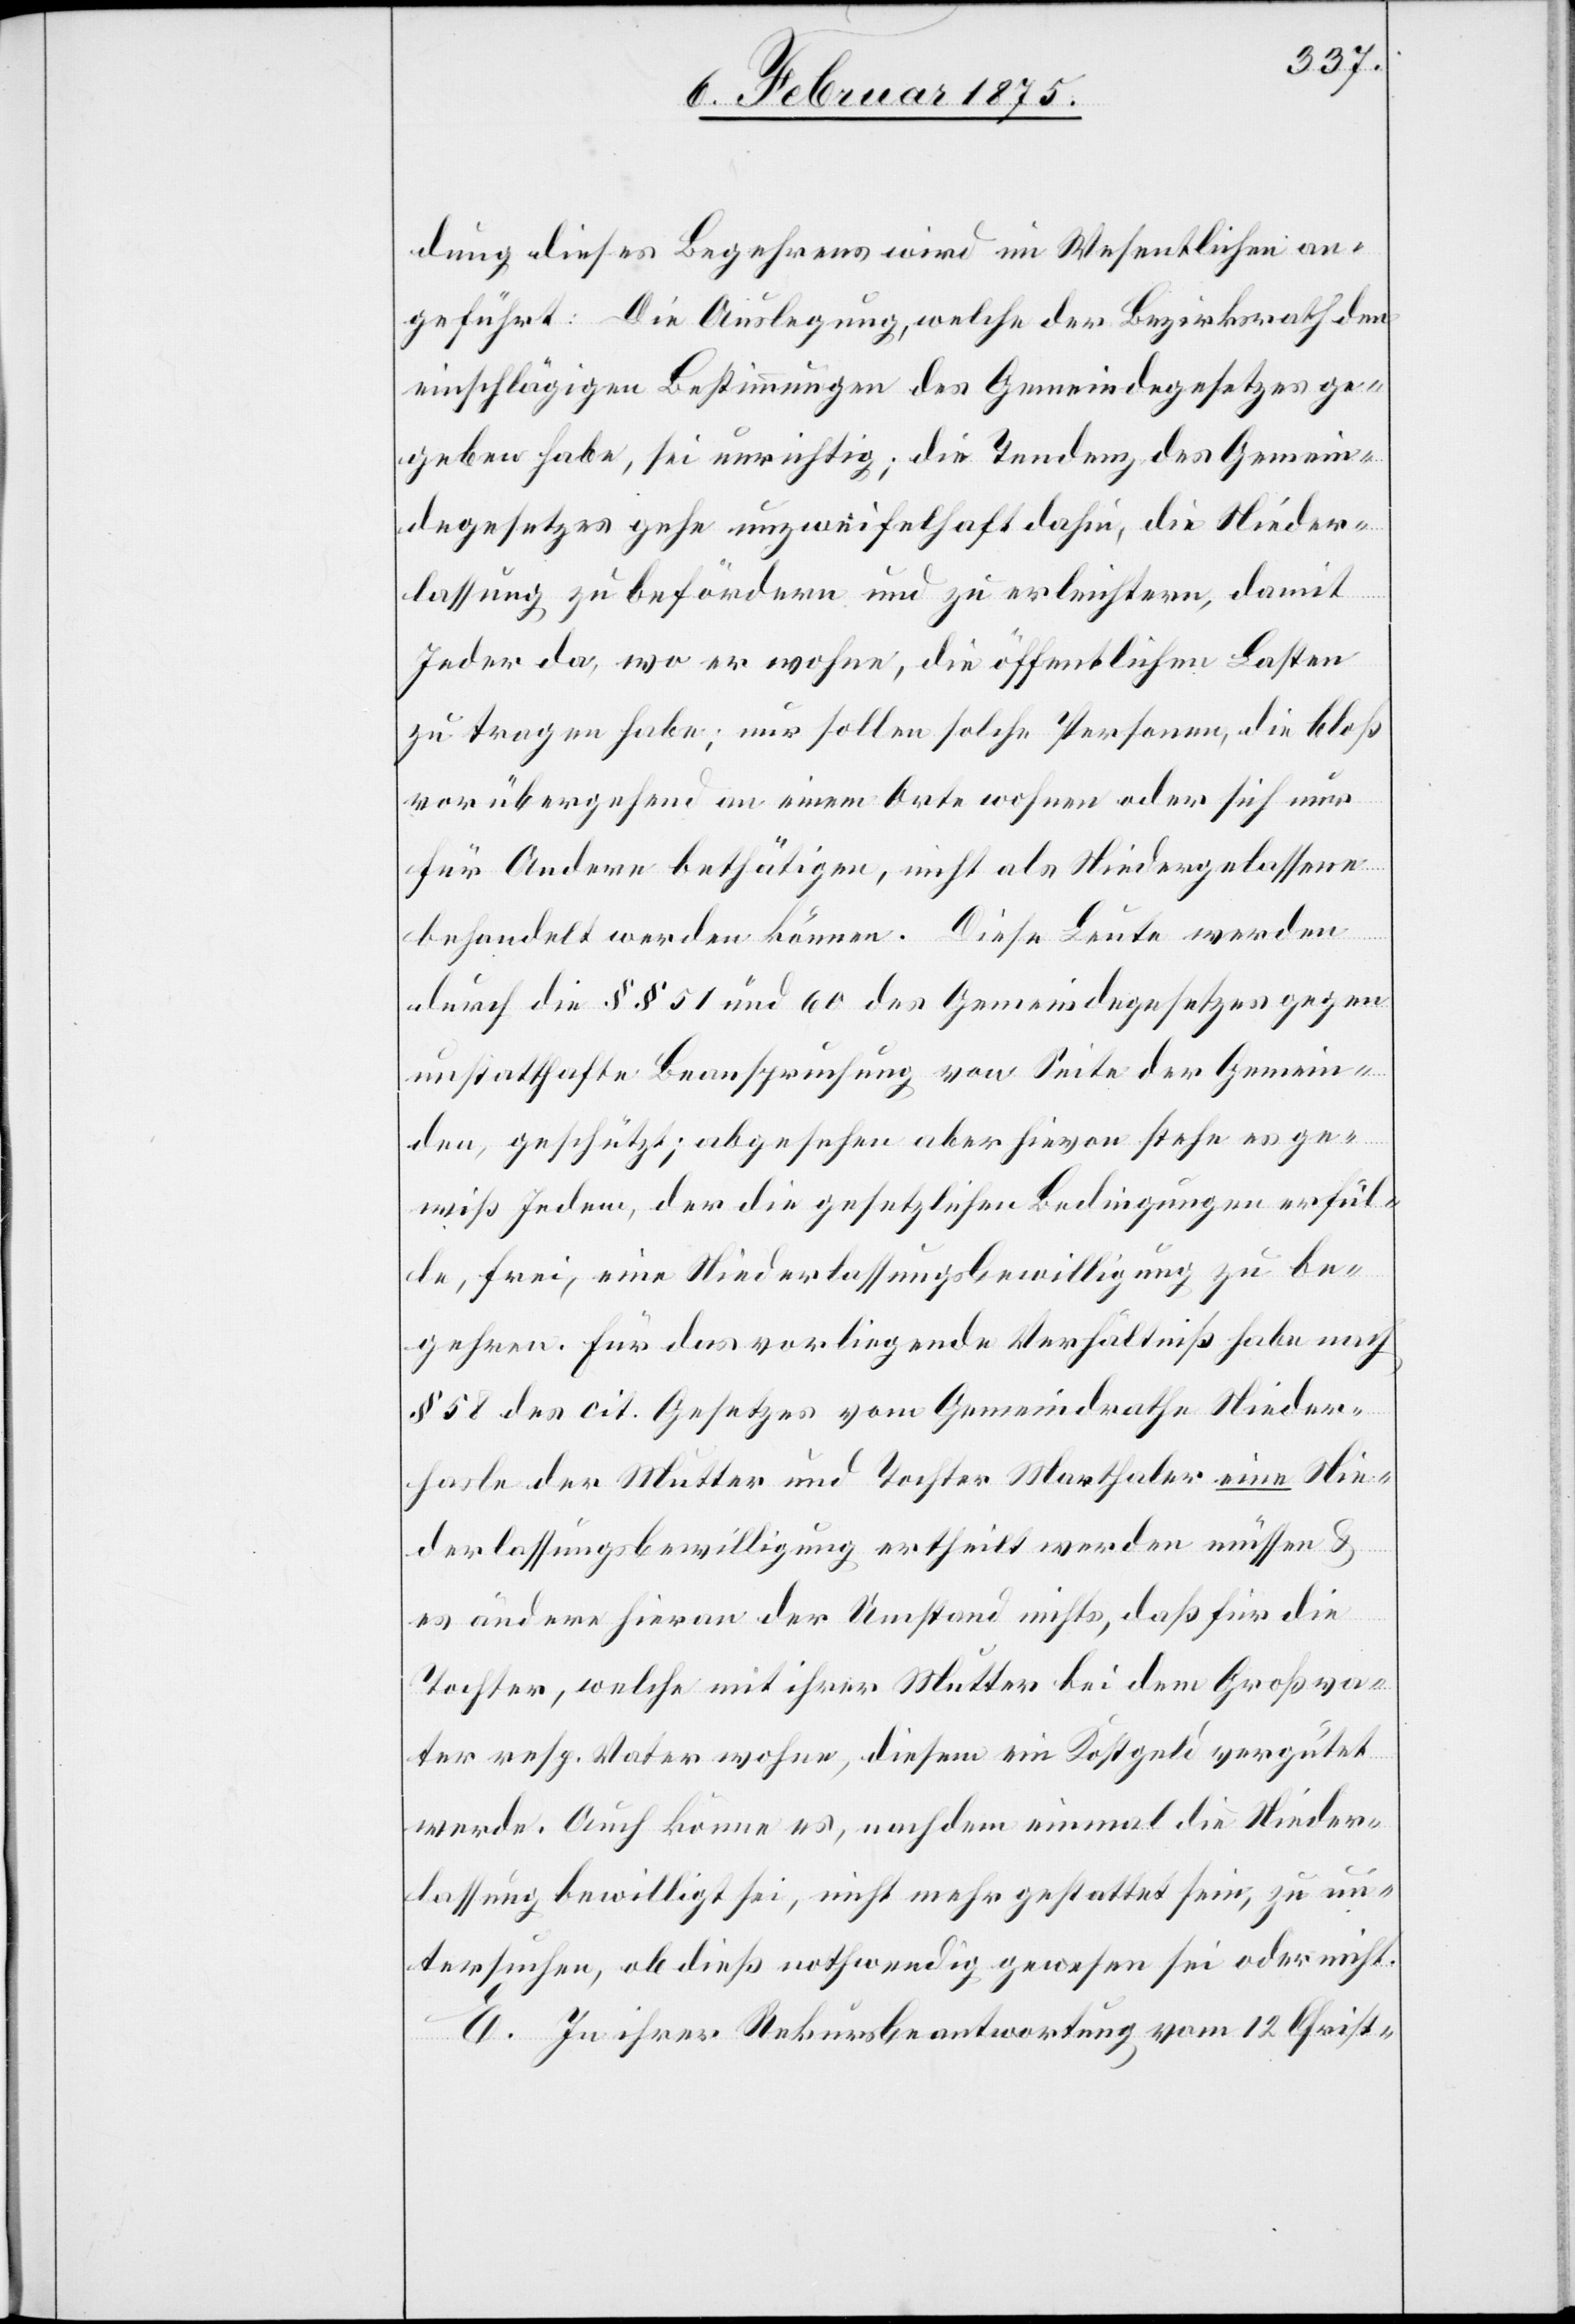
dung dieses Begehrens wird im Wesentlichen an¬
geführt: Die Auslegung, welche der Bezirksrath den
einschlägigen Bestimmungen des Gemeindegesetzes ge¬
geben habe, sei unrichtig; die Tendenz des Gemein¬
degesetzes gehe unzweifelhaft dahin, die Nieder¬
lassung zu befördern und zu erleichtern, damit
Jeder da, wo er wohne, die öffentlichen Lasten
zu tragen habe; nur sollen solche Personen, die bloß
vorübergehend an einem Orte wohnen oder sich nur
für andere bethätigen, nicht als Niedergelassene
behandelt werden können. Die Leute werden
durch die §§ 51 und 60 des Gemeindegesetzes gegen
unstatthafte Beanspruchung von Seite der Gemein¬
den, geschützt; abgesehen aber hievon stehe es ge¬
wiß Jedem, der die gesetzlichen Bedingungen erfül¬
le, frei, eine Niederlassungsbewilligung zu be¬
gehren. Für das vorliegende Verhältniß habe nach
§ 58 des cit. Gesetzes vom Gemeindrathe Nieder¬
hasle der Mutter und Tochter Marthaler eine Nie¬
derlassungsbewilligung ertheilt werden müssen &
es ändere hieran der Umstand nichts, daß für die
Tochter, welche mit ihrer Mutter bei dem Großva¬
ter resp. Vater wohne, diesem ein Kostgeld vergütet
werde. Auch könne es, nachdem einmal die Nieder¬
lassung bewilligt sei, nicht mehr gestattet sein, zu un¬
tersuchen, ob dieß nothwendig gewesen sei oder nicht.
E. In ihrer Rekursbeantwortung vom 12 Christ-